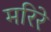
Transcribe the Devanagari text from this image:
मरिरे